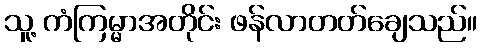
သူ့ ကံကြမ္မာအတိုင်း ဖန်လာတတ်ချေသည်။